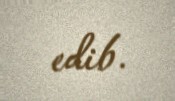
edib.